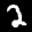
Label: 2